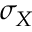
\sigma _ { X }